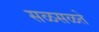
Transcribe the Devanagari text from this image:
सळसळते